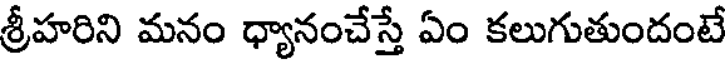
శ్రీహరిని మనం ధ్యానంచేస్తే ఏం కలుగుతుందంటే